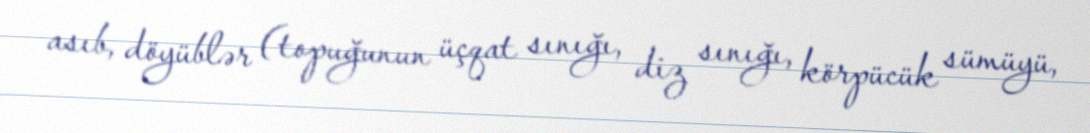
asıb, döyüblər (topuğunun üçqat sınığı, diz sınığı, körpücük sümüyü,